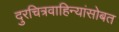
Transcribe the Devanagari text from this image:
दुरचित्रवाहिन्यांसोबत